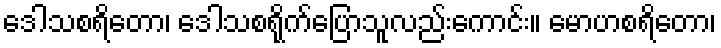
ဒေါသစရိတော၊ ဒေါသစရိုက်ပြောသူလည်းကောင်း။ မောဟစရိတော၊